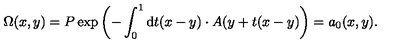
\Omega ( x , y ) = P \exp \left( - \int _ { 0 } ^ { 1 } \mathrm { d } t ( x - y ) \cdot A ( y + t ( x - y ) \right) = a _ { 0 } ( x , y ) .